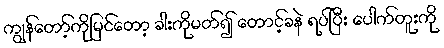
ကျွန်တော့်ကိုမြင်တော့ ခါးကိုမတ်၍ တောင့်ခနဲ ရပ်ပြီး ပေါက်တူးကို